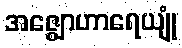
အဇ္ဈောဟာရေယျုံ